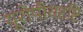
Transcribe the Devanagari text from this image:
यूरोपीयदृष्टि